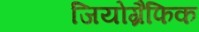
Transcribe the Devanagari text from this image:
जियोग्रैफिक